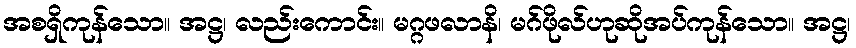
အစရှိကုန်သော။ အဋ္ဌ၊ လည်းကောင်း။ မဂ္ဂဖလာနိ၊ မဂ်ဖိုလ်ဟုဆိုအပ်ကုန်သော။ အဋ္ဌ၊